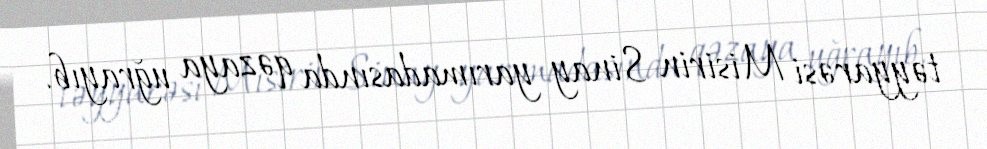
təyyarəsi Misirin Sinay yarımadasında qəzaya uğrayıb.